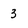
Character: 3